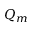
Q _ { m }